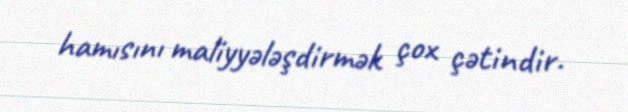
hamısını maliyyələşdirmək çox çətindir.